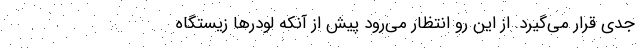
جدی قرار می‌گیرد. از این رو انتظار می‌رود پیش از آنکه لودرها زیستگاه